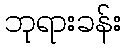
ဘုရားခန်း